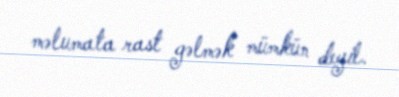
məlumata rast gəlmək mümkün deyil.